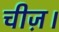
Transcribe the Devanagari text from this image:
चीज़।